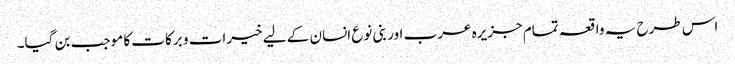
اس طرح یہ واقعہ تمام جزیرہ عرب اور بنی نوع انسان کے لیے خیرات و برکات کا موجب بن گیا۔